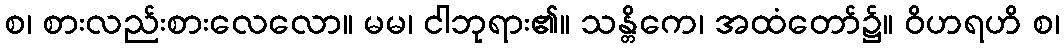
စ၊ စားလည်းစားလေလော။ မမ၊ ငါဘုရား၏။ သန္တိကေ၊ အထံတော်၌။ ဝိဟရဟိ စ၊